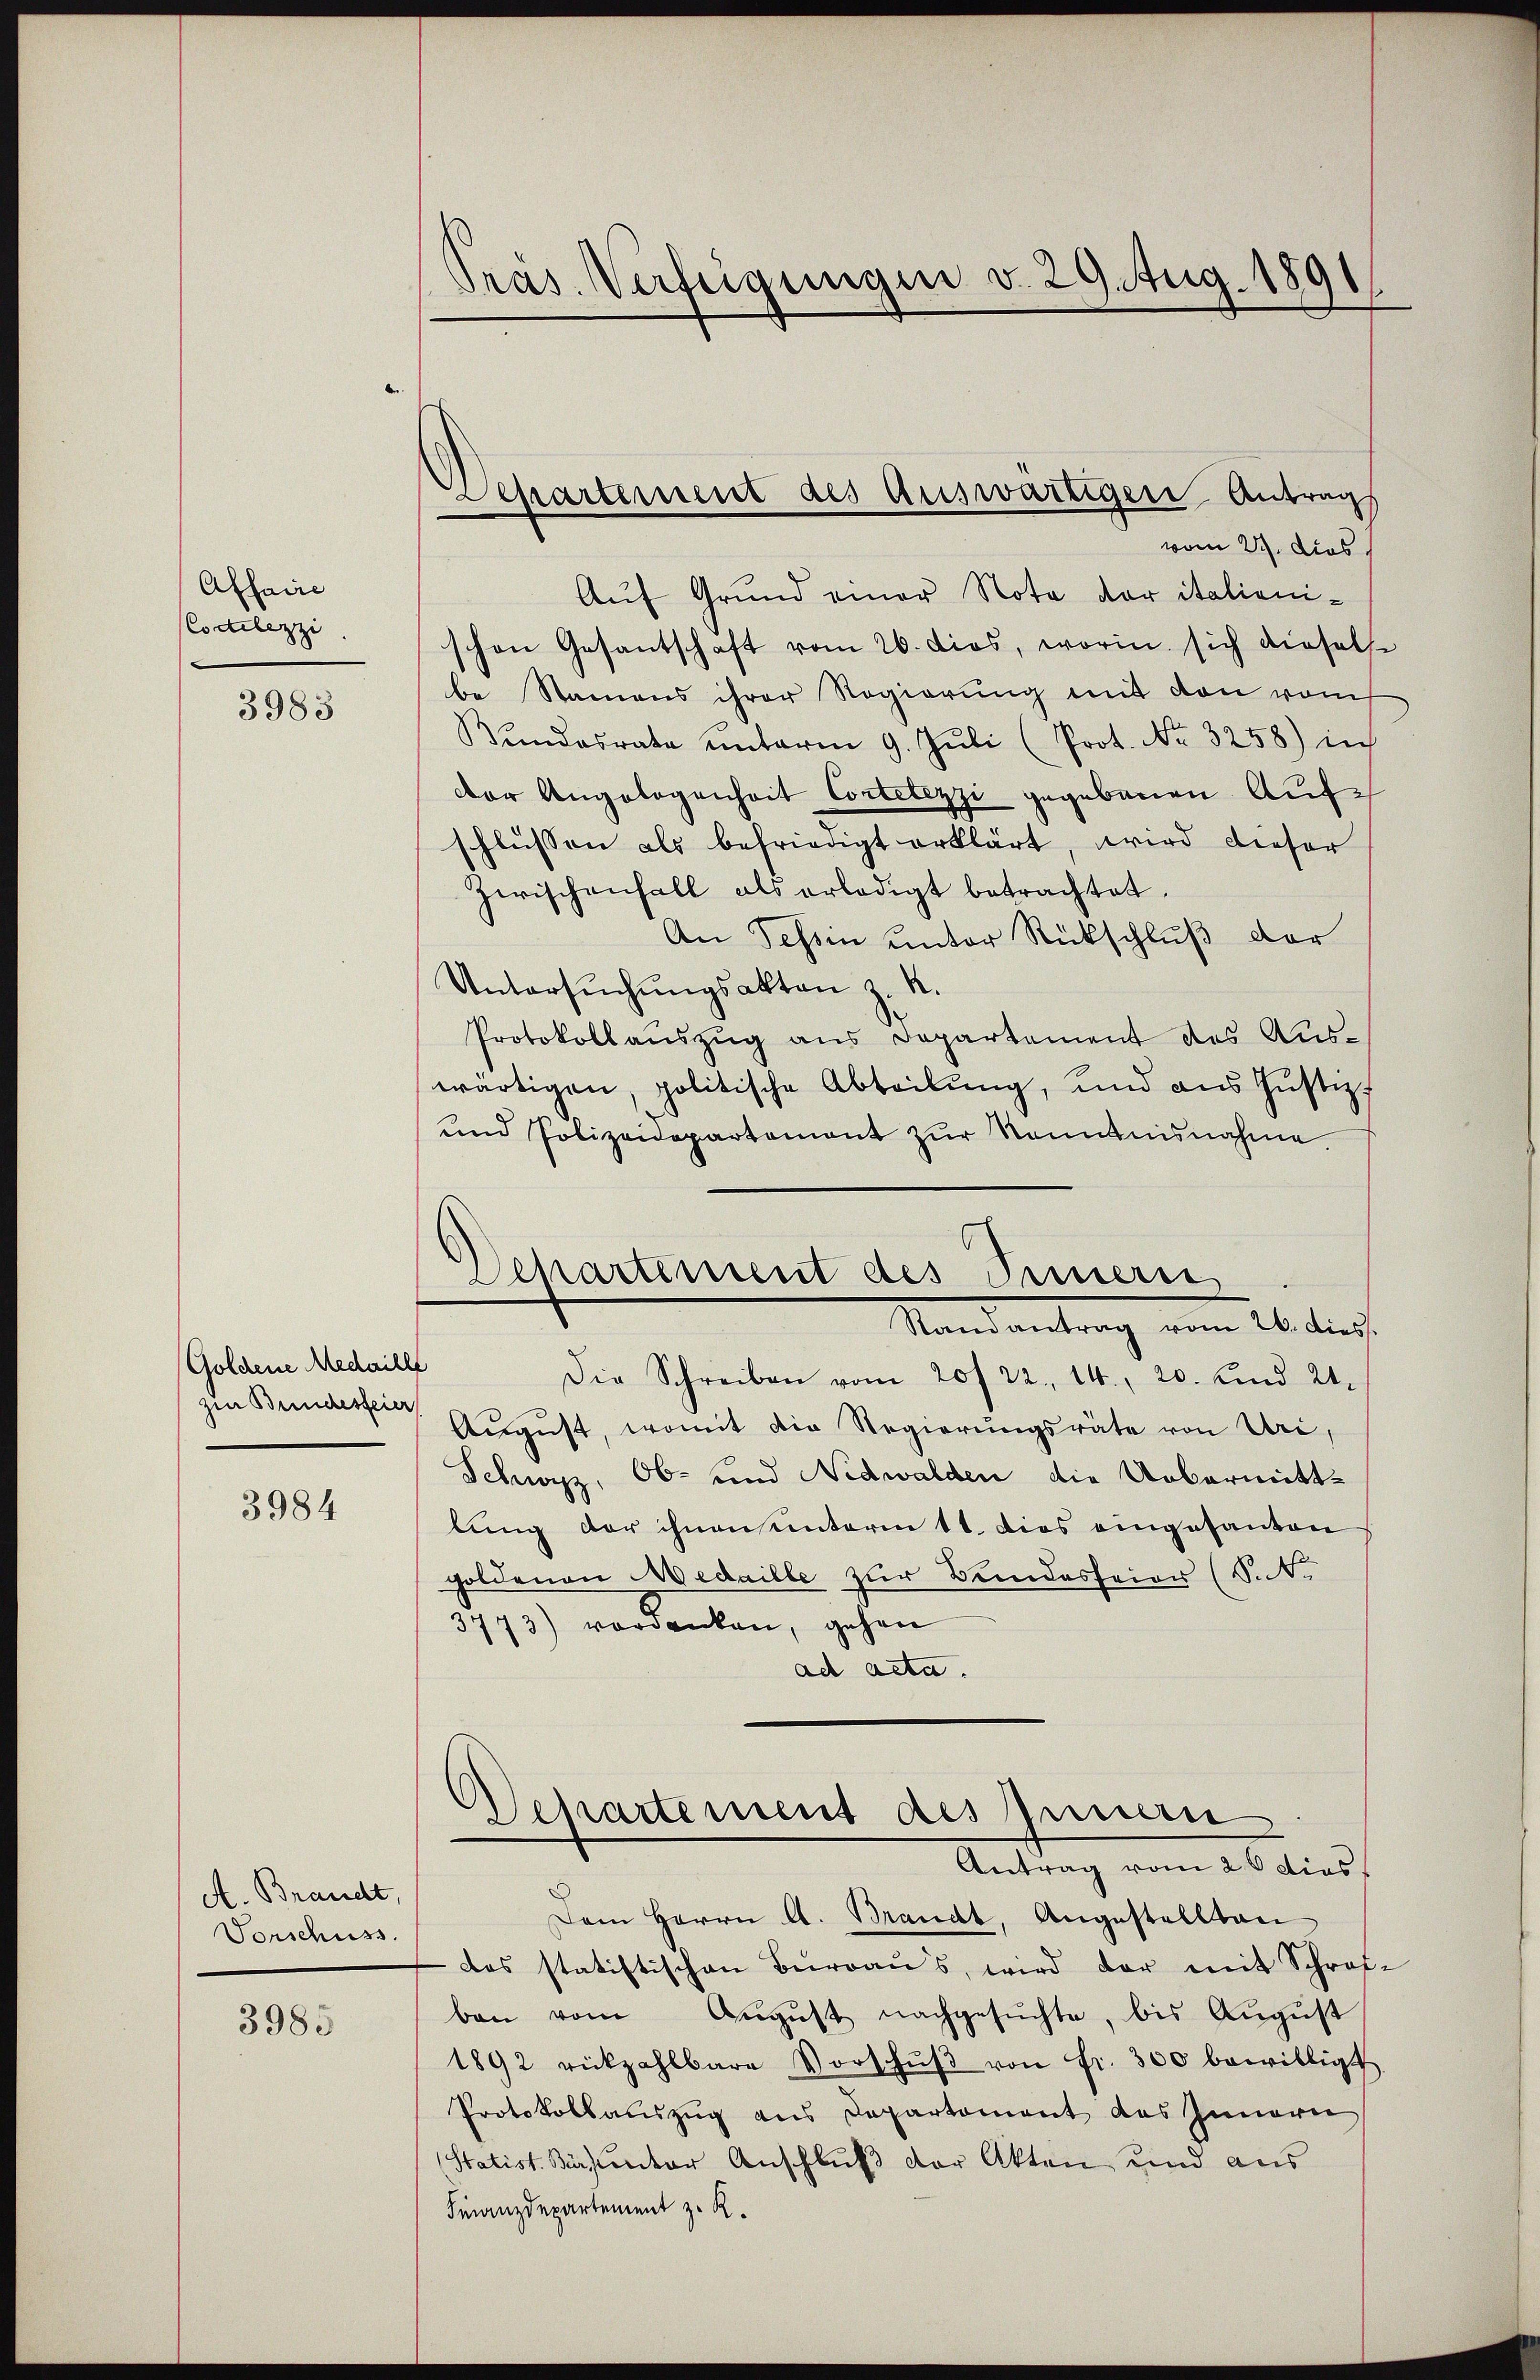
Affaire
Coctelezzi

3983

Goldene Medaill
zin Bundesfeier

3984

A. Brandt,
Vorschuss.

3985

Pras. Verfügungen v. 29. Aug. 1891

Separtement des Auswärtiger Antrags

Departement des Innerse

vom 27. Dies
Auf Grund einer Note der italienischen Gesantschaft vom 20. dies, worin sich diesels
be Namens ihrer Regierung mit den vom
Bŭndesrate ŭnterm 9. Jŭli (Prot. No. 3258) in
der Angelegenheit Cortetezzi gegebenen Aufschlüssen als befriedigt erklärt, wird dieser
Zwischenfall als erledigt betrachtet.
An Tessin unter Rückschluß der
Untersŭchŭngsakten z. R.
Protokoll auszug aus Departement des Auswärtigen, politische Abteilung, und aus Justiz
und Polizeidepartament zŭr Kenntnisnahme.
Randantrag vom 20. dies.
¬
Die Schreiben vom 20/22. 14. 20. und 21.
August, womit die Regierungsräte von Uri,
Schwyz, Ob- und Nidwalden die Uebermittlung der ihnen unterm 11. dies eingesanten
goldenen Medaille zur Bundesfeier (Sat
3773) verdanken, gehen
ad acta.
Departement des Innern
Antrag vom 26 dies
Dem Herrn A. Brandt, Angestellten
das statistischen Bŭrraŭs, wird der mit Schraf
ben vom Aŭgŭst nachgesŭchte, bis August
1892 rückzahlbare Vorschŭβ von fr. 300 bewilligt.
Protokollauszug aus Departement des Innern
Statist. Bürsunker Anschluß der Akten und aus
Finanzdepartement z. R.